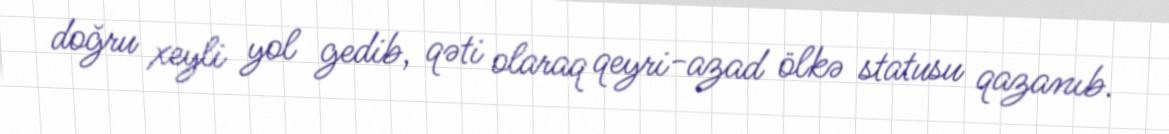
doğru xeyli yol gedib, qəti olaraq qeyri-azad ölkə statusu qazanıb.